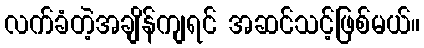
လက်ခံတဲ့အချိန်ကျရင် အဆင်သင့်ဖြစ်မယ်။